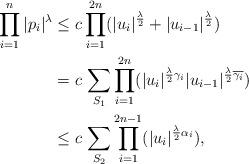
LaTeX: \begin{align*}\prod_{i=1}^n|p_i|^\lambda &\leq c \prod_{i=1}^{2n} (|u_{i}|^{\frac {\lambda}2}+|u_{i-1}|^{\frac {\lambda}2})\\&=c\,\sum_{S_1}\prod_{i=1}^{2n}(|u_{i}|^{\frac {\lambda}2\gamma_{i}}|u_{i-1}|^{\frac {\lambda}2\overline{\gamma_{i}}})\\&\leq c\,\sum_{S_2}\prod_{i=1}^{2n-1}(|u_{i}|^{\frac {\lambda}2\alpha_{i}}),\end{align*}